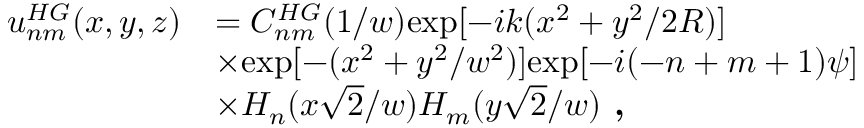
\begin{array} { r l } { u _ { n m } ^ { H G } ( x , y , z ) } & { = C _ { n m } ^ { H G } ( 1 / w ) \mathrm { e x p } [ - i k ( x ^ { 2 } + y ^ { 2 } / 2 R ) ] } \\ & { \times \mathrm { e x p } [ - ( x ^ { 2 } + y ^ { 2 } / w ^ { 2 } ) ] \mathrm { e x p } [ - i ( - n + m + 1 ) \psi ] } \\ & { \times H _ { n } ( x \sqrt 2 / w ) H _ { m } ( y \sqrt 2 / w ) \textbf { , } } \end{array}